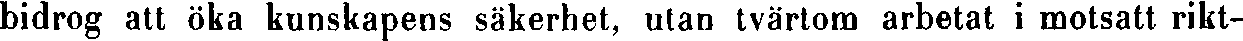
bidrog att öka kunskapens säkerhet, utan tvärtom arbetat i motsatt rikt-